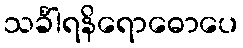
သင်္ခါရနိရောဓောပေ